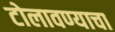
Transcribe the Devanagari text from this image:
टोलावण्याचा